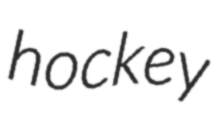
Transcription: hockey